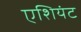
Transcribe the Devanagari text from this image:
एशियंट